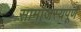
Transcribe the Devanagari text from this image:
सामांजस्यपूर्ण